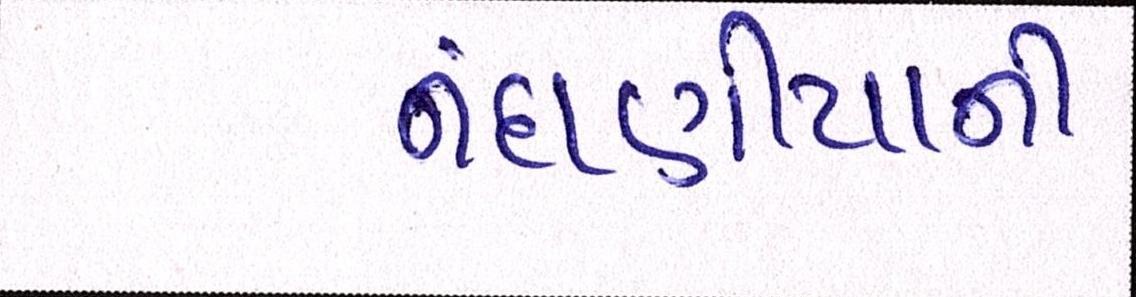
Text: નંદાણીયાની